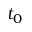
t _ { 0 }